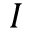
I